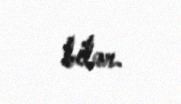
bilər.